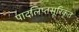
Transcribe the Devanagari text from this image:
पादलिप्तसूरिकृत